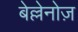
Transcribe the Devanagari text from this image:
बेल्लेनोज़